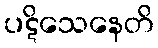
ပဋိသေနေတိ